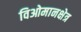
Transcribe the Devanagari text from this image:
विओमानक्षेत्र